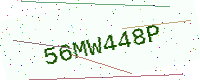
Text: 56MW448P